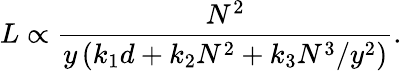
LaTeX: L\propto\frac{N^{2}}{y\left(k_{1}d+k_{2}N^{2}+k_{3}N^{3}/y^{2}\right)}.